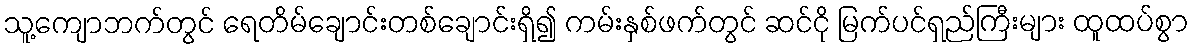
သူ့ကျောဘက်တွင် ရေတိမ်ချောင်းတစ်ချောင်းရှိ၍ ကမ်းနှစ်ဖက်တွင် ဆင်ငို မြက်ပင်ရှည်ကြီးများ ထူထပ်စွာ